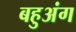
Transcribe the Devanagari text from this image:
बहुअंग